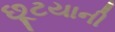
છૂટયાની